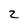
Character: Z